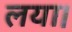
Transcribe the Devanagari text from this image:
लया।